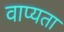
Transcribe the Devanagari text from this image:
वाप्यता